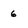
Character: 6